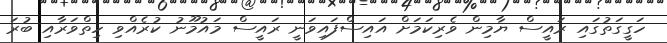
ހަގީގަތުގައި ރައީސް ޔާމިން ވެރިކަމަށް އައިސްފައިވަނީ ރައީސް މައުމޫނު ކުރެއްވި ހިތްވަރާއި ބުރަ